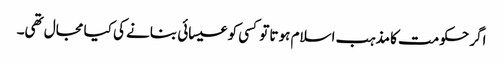
اگر حکومت کا مذہب اسلام ہوتا تو کسی کو عیسائی بنانے کی کیا مجال تھی۔